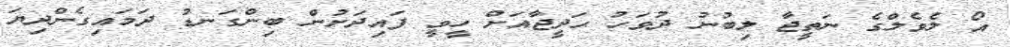
އޯ ލެވެލްގެ ނަތީޖާ ލިބުނު ދުވަހު ޙަދީޖާއަށް ހީވީ ފައިދަށުން ބިންގަނޑު ދަމައިގެންދިޔަ